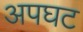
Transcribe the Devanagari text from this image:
अपघट